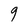
Character: 9